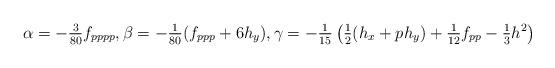
LaTeX: \begin{align*}\alpha=-\tfrac{3}{80}f_{pppp},\beta=-\tfrac{1}{80}(f_{ppp}+6h_y),\gamma= -\tfrac{1}{15}\left(\tfrac{1}{2}(h_x+ph_y) +\tfrac{1}{12}f_{pp}-\tfrac{1}{3}h^2\right)\end{align*}